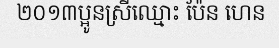
២០១៣ប្អូនស្រីឈ្មោះ ប៉ែន ហេន